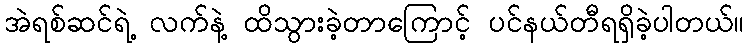
အဲရစ်ဆင်ရဲ့ လက်နဲ့ ထိသွားခဲ့တာကြောင့် ပင်နယ်တီရရှိခဲ့ပါတယ်။